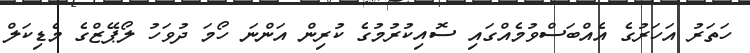
ހަތަރު އަހަރުގެ އެއްބަސްވުމެއްގައި ސޮއިކުރުމުގެ ކުރިން އަންނަ ހޯމަ ދުވަހު ލޯޕޭޒްގެ މެޑިކަލް